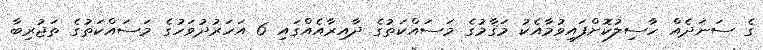
ގެ ސަނަދެއް ހާސިލުކޮށްފައިވުމާއެކު މަޤާމުގެ މަސައްކަތުގެ ދާއިރާއެއްގައި 6 އަހަރުދުވަހުގެ މަސައްކަތުގެ ތަޖުރިބާ